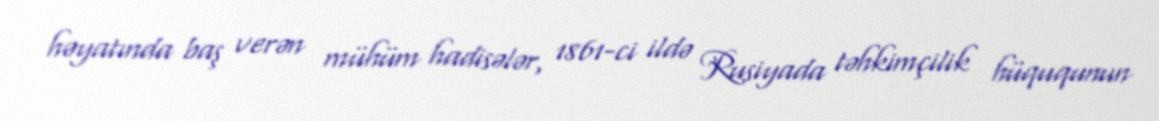
həyatında baş verən mühüm hadisələr, 1861-ci ildə Rusiyada təhkimçilik hüququnun